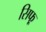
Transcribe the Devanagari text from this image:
सिफ्र्